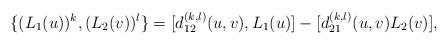
LaTeX: \begin{align*}\{(L_1 (u))^k,(L_2 (v))^l\} =[d^{(k,l)}_{12}(u,v),L_1 (u)]-[d^{(k,l)}_{21}(u,v)L_2 (v)],\end{align*}